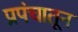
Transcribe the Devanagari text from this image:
प्रपंचातून